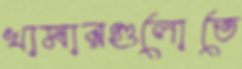
খামারগুলোতে